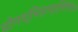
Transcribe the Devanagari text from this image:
योगश्चित्तवृत्तिनिरोधः